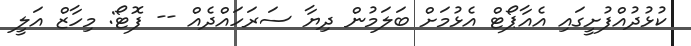
ކުޅުދުއްފުށީގައި އެއާޕޯޓް އެޅުމަށް ބަަލަމުން ދިޔާ ސަރަހައްދެއް -- ފޮޓޯ: މިހާޒް އަލީ